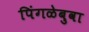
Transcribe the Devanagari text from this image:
पिंगळेबुवा